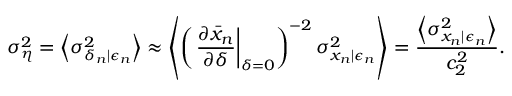
\sigma _ { \eta } ^ { 2 } = \left\langle \sigma _ { \delta _ { n } | \epsilon _ { n } } ^ { 2 } \right\rangle \approx \left\langle \left( \left. \frac { \partial \bar { x } _ { n } } { \partial \delta } \right| _ { \delta = 0 } \right) ^ { - 2 } \sigma _ { x _ { n } | \epsilon _ { n } } ^ { 2 } \right\rangle = \frac { \left\langle \sigma _ { x _ { n } | \epsilon _ { n } } ^ { 2 } \right\rangle } { c _ { 2 } ^ { 2 } } .